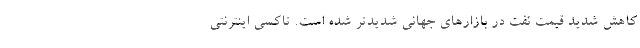
کاهش شدید قیمت نفت در بازارهای جهانی شدیدتر شده است. تاکسی اینترنتی